Annual report of the Punjab Veterinary College and of the Civil Veterinary Department, Punjab - 1920-1925
Year: 1920
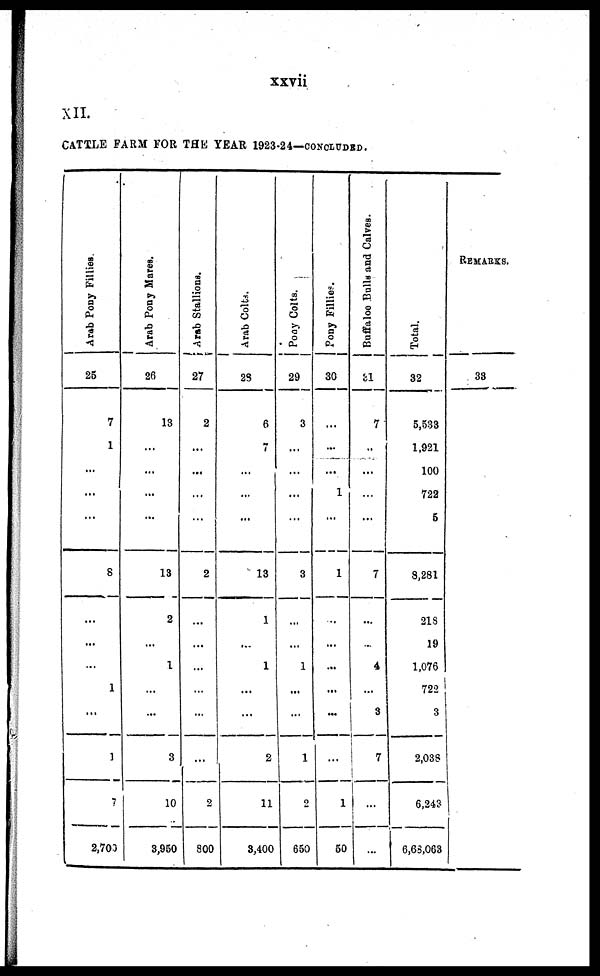
xxvii
XII.
CATTLE FARM FOR THE YEAR 1923-24—CONCLUDED.
Arab Pony Fillies.
25
7
1
...
...
...
6
...
...
...
1
...
...
7
2,703
Arab Pony Mares.
26
13
...
...
...
...
13
2
...
1
...
...
3
10
3,960
Arab Stallions.
27
2
...
...
...
...
2
...
...
...
...
...
...
2
800
Arab Colts.
23
6
7
...
...
...
13
1
...
1
...
...
2
11
3,400
Pony Colts.
29
3
...
...
...
...
3
...
...
1
...
...
1
2
650
Pony Fillies
30
...
...
1
...
1
...
...
...
...
...
...
1
50
Buffaloe Bulls and Calves.
31
7
...
...
...
...
7
...
...
4
...
...
7
...
...
Total.
32
5,533
1,921
100
722
5
8,281
21S
19
1,076
722
3
2,038
6,243
6,63,063
REMARKS.
38